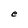
Character: e